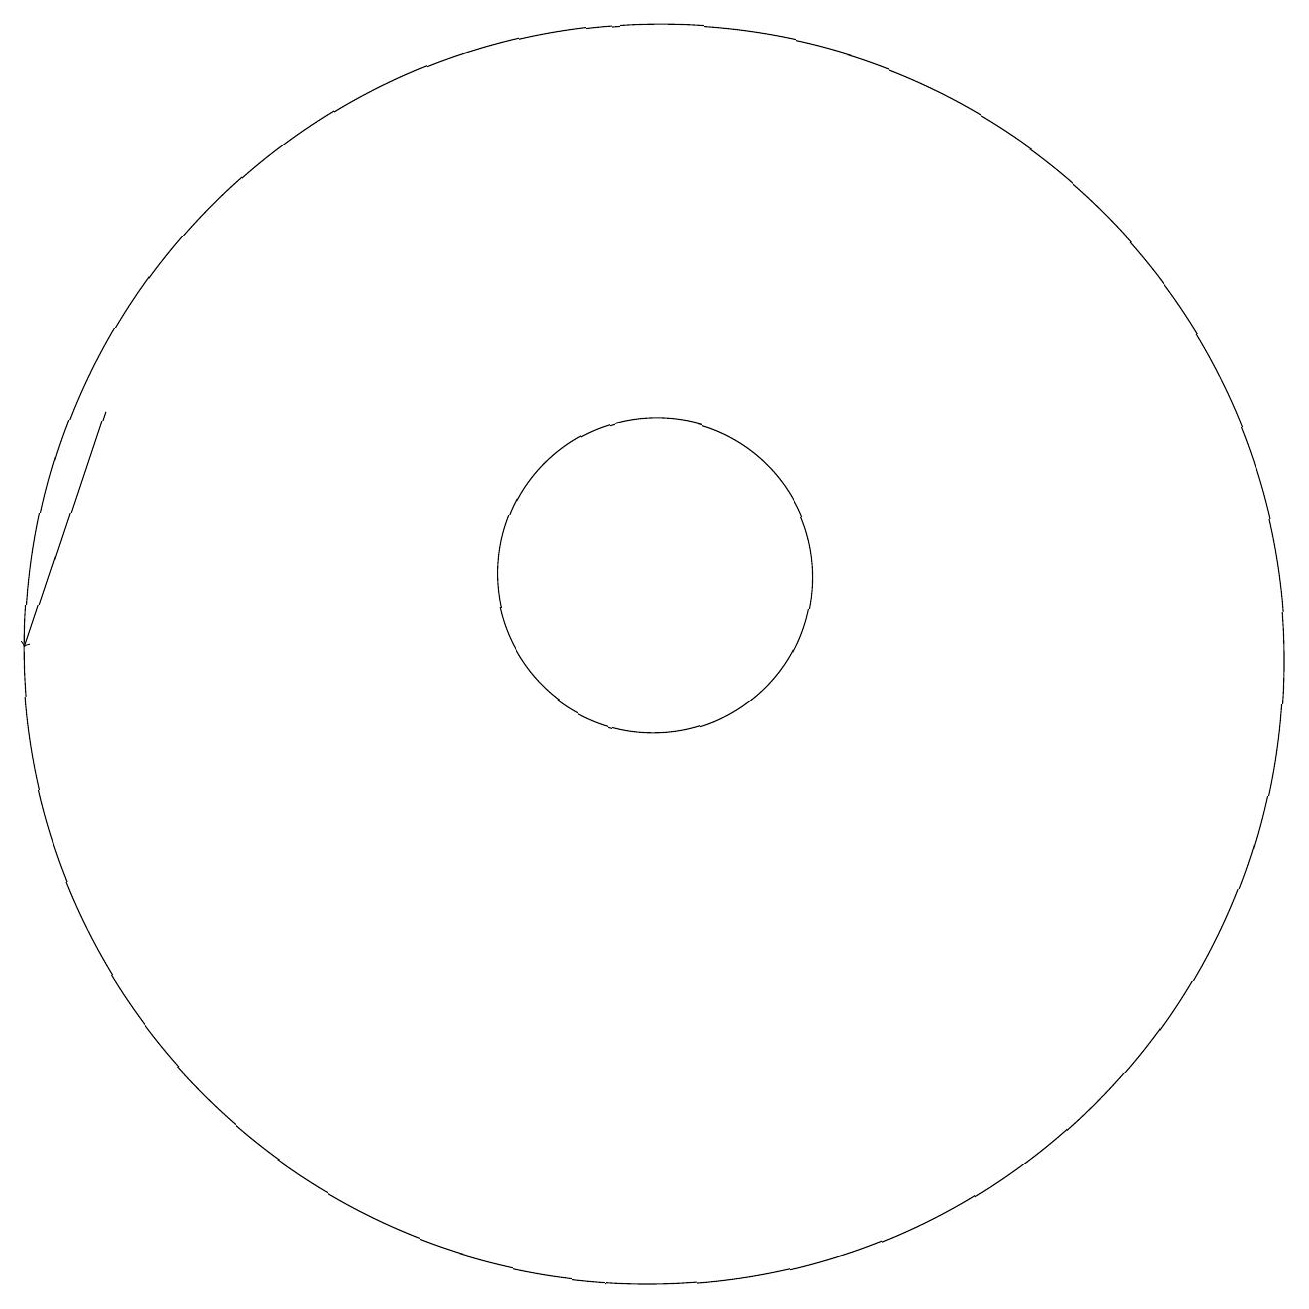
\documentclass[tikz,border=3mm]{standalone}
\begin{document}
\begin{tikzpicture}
\draw (10,11) circle (2);
\draw (10,10) circle (8);
\draw[->] (3,13) -- (2,10);
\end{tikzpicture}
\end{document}